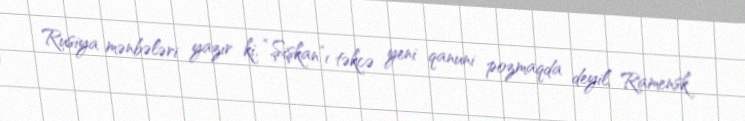
Rusiya mənbələri yazır ki, “Şişkan”ı təkcə yeni qanuni pozmaqda deyil, Ramensk